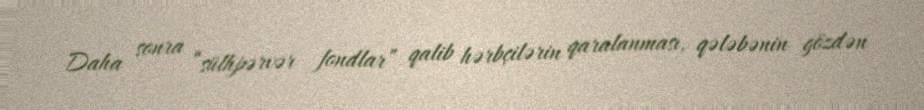
Daha sonra “sülhpərvər fondlar” qalib hərbçilərin qaralanması, qələbənin gözdən